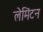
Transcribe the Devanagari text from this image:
लेमिंटन